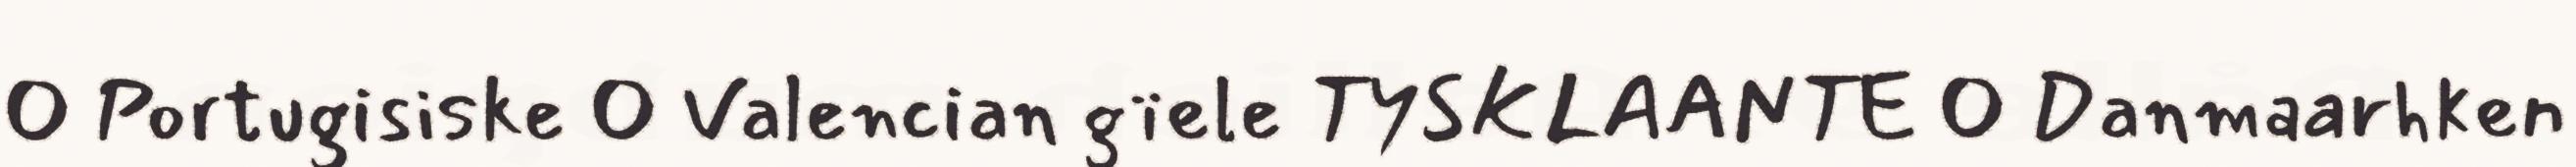
 Portugisiske  Valencian gïele TYSKLAANTE  Danmaarhken